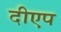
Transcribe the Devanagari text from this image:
दीएप